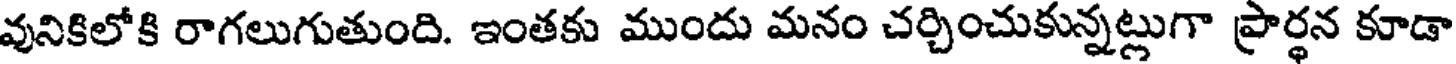
వునికిలోకి రాగలుగుతుంది. ఇంతకు ముందు మనం చర్చించుకున్నట్లుగా ప్రార్థన కూడా